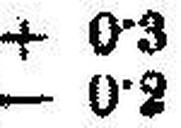
— 0•2